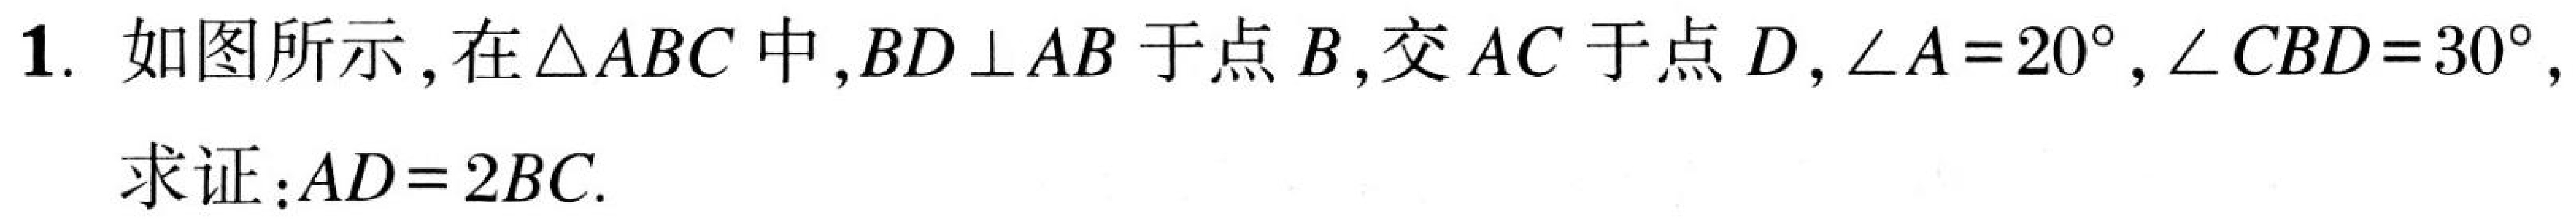
1. 如图所示，在$\triangle ABC$中，$BD\perp AB$于点$B$，交$AC$于点$D$，$\angle A = 20^{\circ}$，$\angle CBD = 30^{\circ}$，
求证：$AD = 2BC$.